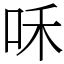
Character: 咊